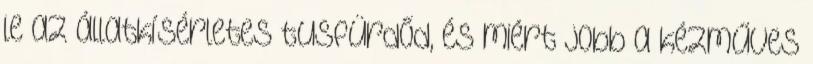
le az állatkísérletes tusfürdőd, és miért jobb a kézműves